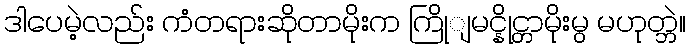
ဒါပေမဲ့လည်း ကံတရားဆိုတာမိုးက ကြိုျမင္နိုင္တာမိုးမွ မဟုတ္ဘဲ။